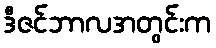
ဒီဇင်ဘာလအတွင်းက